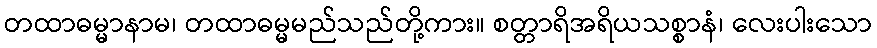
တထာဓမ္မာနာမ၊ တထာဓမ္မမည်သည်တို့ကား။ စတ္တာရိအရိယသစ္စာနံ၊ လေးပါးသော